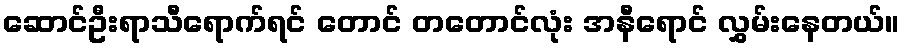
ဆောင်ဦးရာသီရောက်ရင် တောင် တတောင်လုံး အနီရောင် လွှမ်းနေတယ်။